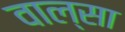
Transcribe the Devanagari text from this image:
वाल्सा